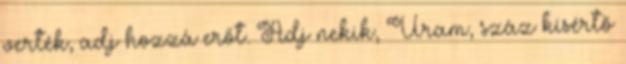
verték, adj hozzá erőt. Adj nekik, Uram, száz kísértő